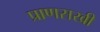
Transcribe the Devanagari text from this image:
प्राणसखी